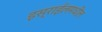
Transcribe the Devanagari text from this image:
इस्राईलमधील